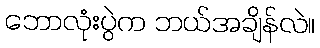
ဘောလုံးပွဲက ဘယ်အချိန်လဲ။